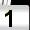
Digit: 1